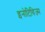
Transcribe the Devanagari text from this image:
इनोटिविज्म